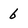
Character: 6